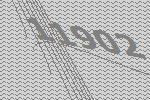
11902